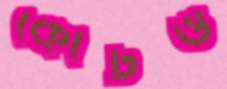
কোর্টও